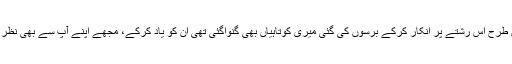
لیکن تین دن پہلے ماورا جس طرح اس رشتے پر انکار کرکے برسوں کی گئی میری کوتاہیاں بھی گنواگئی تھی ان کو یاد کرکے، مجھے اپنے آپ سے بھی نظر ملانا باعث شرم لگ رہا تھا۔